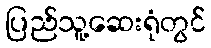
ပြည်သူ့ဆေးရုံတွင်